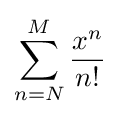
\sum _{n=N}^{M}{\frac {x^{n}}{n!}}